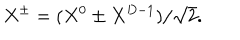
X ^ { \pm } = ( X ^ { 0 } \pm X ^ { D - 1 } ) / \sqrt { 2 } .